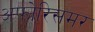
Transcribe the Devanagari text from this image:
अफोरिसमर